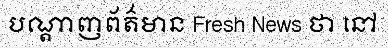
បណ្តាញព័ត៌មាន Fresh News ថា នៅ